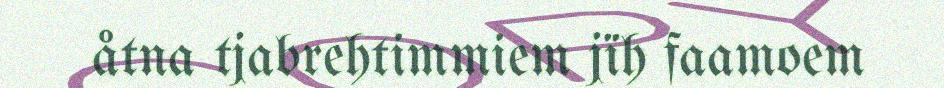
åtna tjabrehtimmiem jïh faamoem